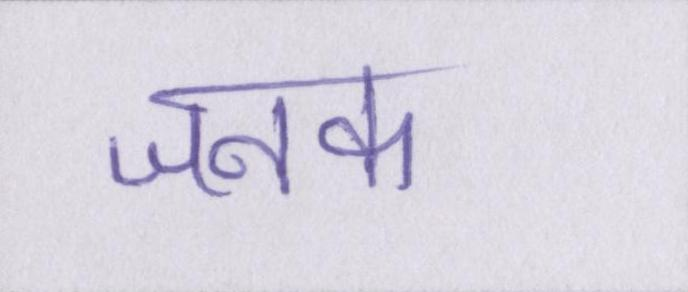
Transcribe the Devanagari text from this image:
जनक